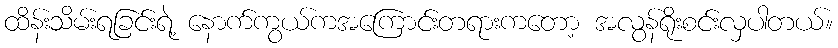
ထိန်းသိမ်းရခြင်းရဲ့ နောက်ကွယ်ကအကြောင်းတရားကတော့ အလွန်ရိုးစင်းလှပါတယ်။